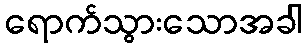
ရောက်သွားသောအခါ